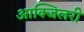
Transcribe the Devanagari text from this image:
आक्जिलरी